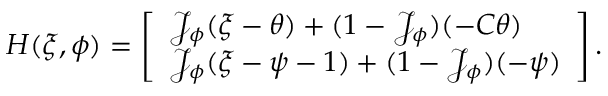
\begin{array} { r } { H ( \xi , \phi ) = \left[ \begin{array} { l } { \mathcal { J } _ { \phi } ( \xi - \theta ) + ( 1 - \mathcal { J } _ { \phi } ) ( - C \theta ) } \\ { \mathcal { J } _ { \phi } ( \xi - \psi - 1 ) + ( 1 - \mathcal { J } _ { \phi } ) ( - \psi ) } \end{array} \right] . } \end{array}